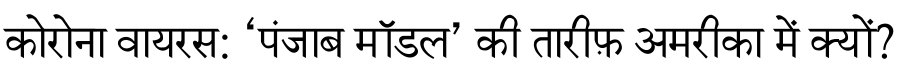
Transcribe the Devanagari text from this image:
कोरोना वायरस: ‘पंजाब मॉडल’ की तारीफ़ अमरीका में क्यों?